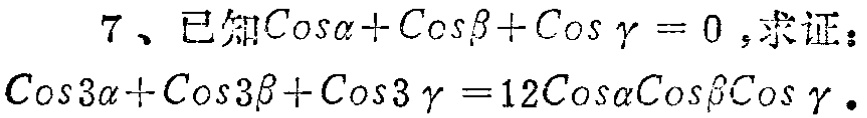
7、已知\(\cos\alpha+\cos\beta+\cos\gamma = 0\)，求证：

\(\cos3\alpha+\cos3\beta+\cos3\gamma = 12\cos\alpha\cos\beta\cos\gamma\)。